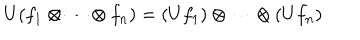
U ( f _ { 1 } \otimes \cdots \otimes f _ { n } ) = ( U f _ { 1 } ) \otimes \cdots \otimes ( U f _ { n } )